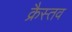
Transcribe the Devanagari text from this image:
क्रैस्तव